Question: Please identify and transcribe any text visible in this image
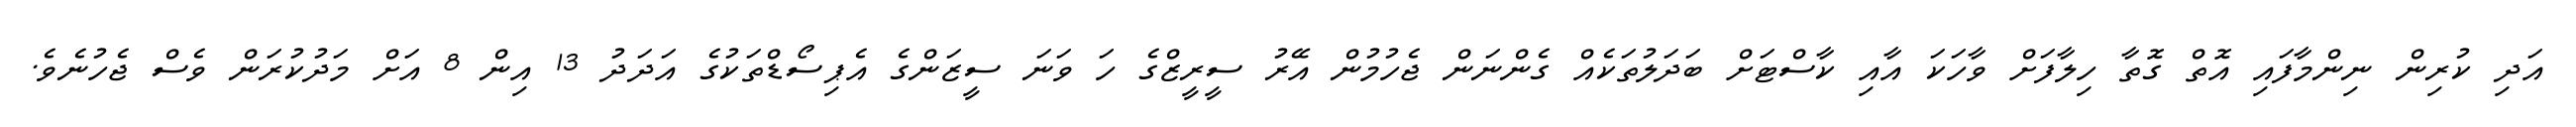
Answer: އަދި ކުރިން ނިންމާފައި އޮތް ގޮތާ ހިލާފަށް ވާހަކަ އާއި ކާސްޓަށް ބަދަލުތަކެއް ގެންނަން ޖެހުމުން އޭރު ސީރީޒްގެ ހަ ވަނަ ސީޒަންގެ އެޕިސޯޑްތަކުގެ އަދަދު 13 އިން 8 އަށް މަދުކުރަން ވެސް ޖެހުނެވެ.